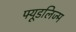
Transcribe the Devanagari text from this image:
फ्यूडलिज्म